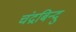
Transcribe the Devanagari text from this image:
चंद्रबिन्दु